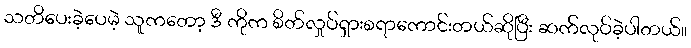
သတိပေးခဲ့ပေမဲ့ သူကတော့ ဒီ ကိုက စိတ်လှုပ်ရှားစရာကောင်းတယ်ဆိုပြီး ဆက်လုပ်ခဲ့ပါတယ်။